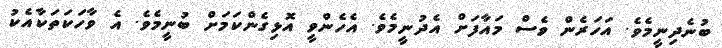
ބުނެދިނީމެވެ. އަހަރެން ވެސް މައާފަށް އެދުނީމެވެ. އެހެންވީ އޮޅިގެންކަމަށް ބުނީމެވެ. އެ ވާހަކަތަކާއެކު